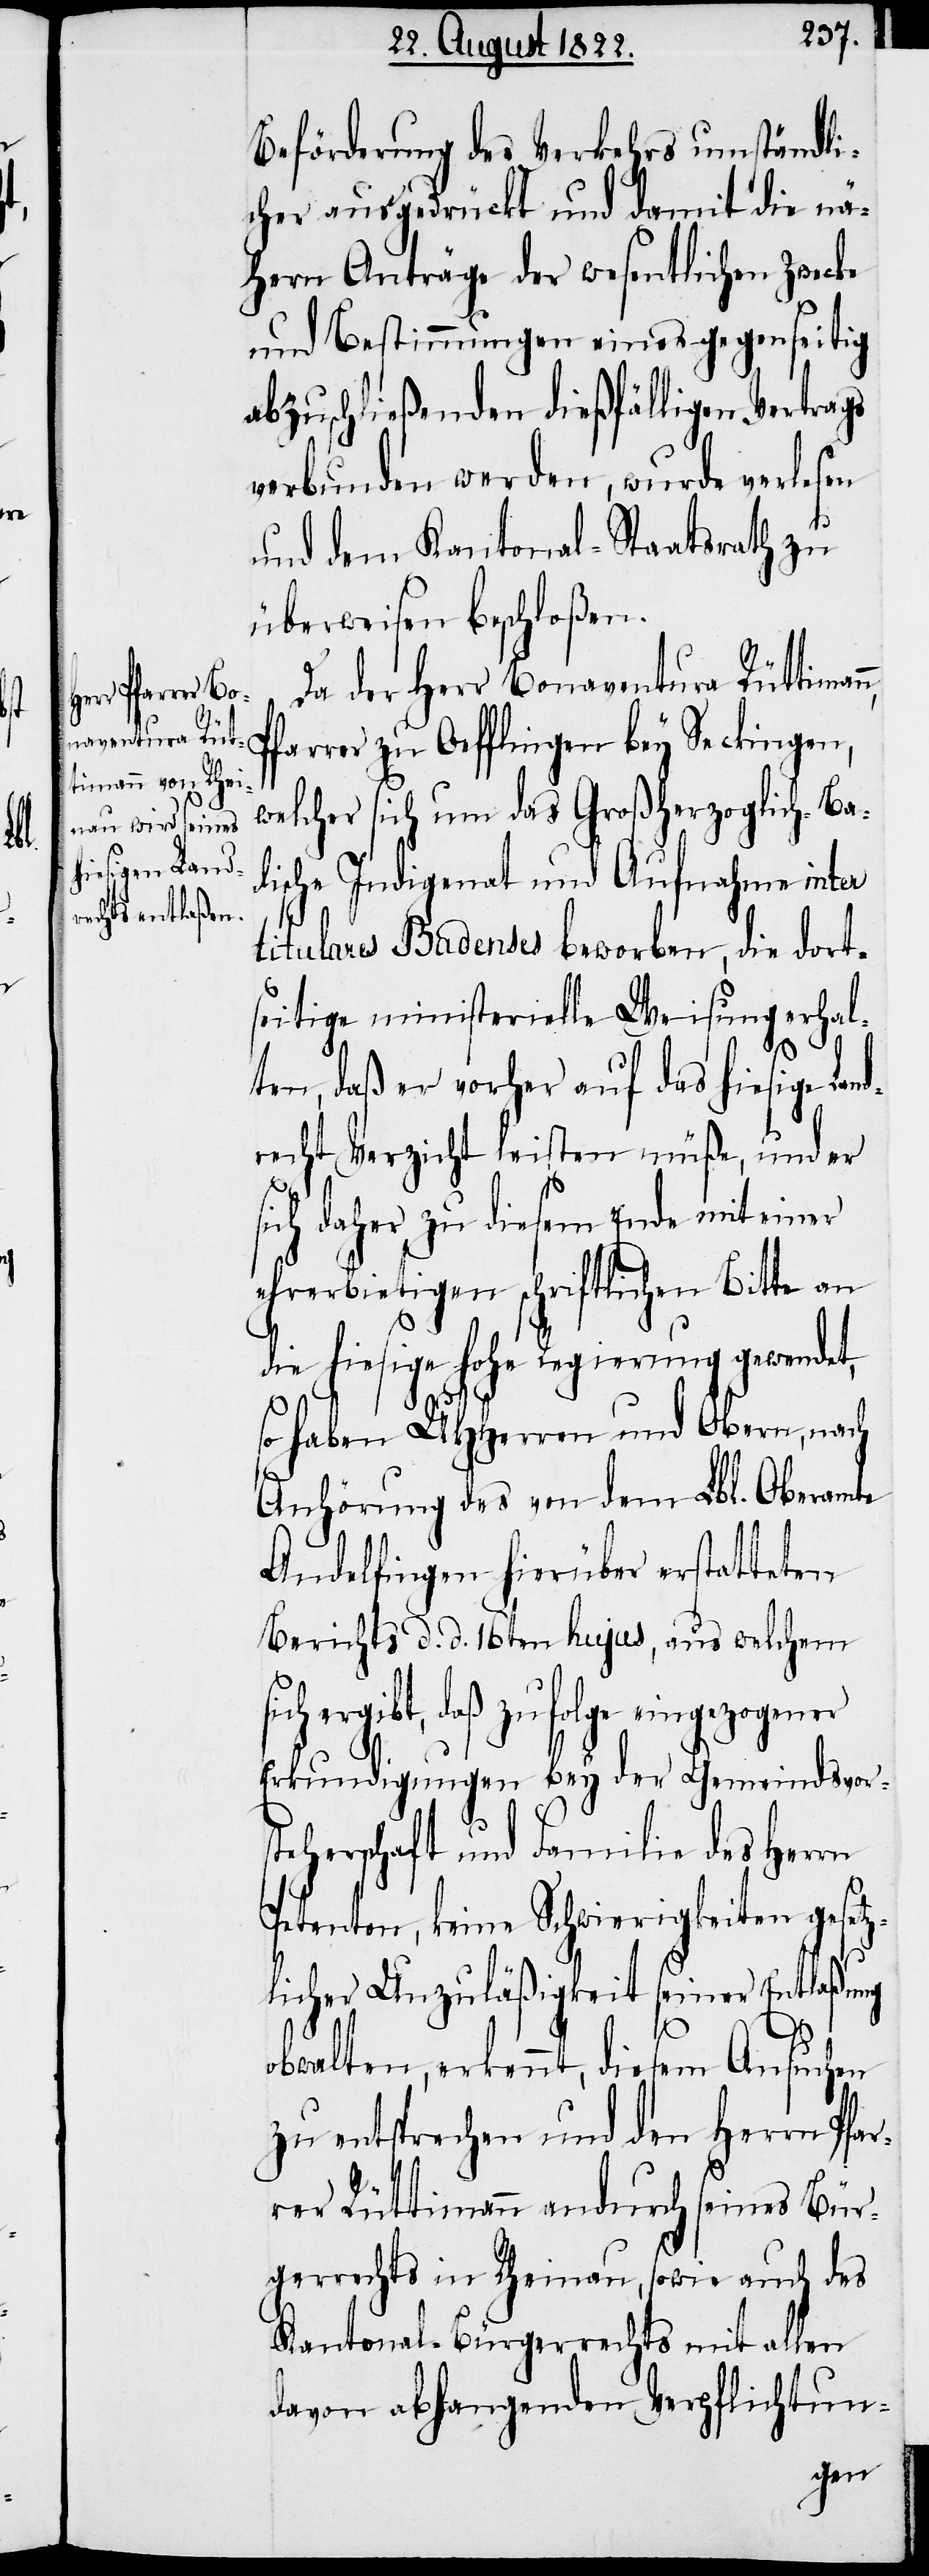
s¬

Beförderung des Verkehrs umständli¬
cher ausgedrückt und damit die nä¬
hern Anträge der wesentlichen Zwecke
und Bestimmungen eines gegenseitigen
abzuschließenden dießfälligen Vertrags
verbunden werden, wurde verlesen
und dem Kantonal-Staatsrath zu
überweisen beschloßen.
Da der Herr Bonaventura Rüttiman¬
Pfarrer zu Oefflingen bey Seckingen,
welcher sich um das Großherzoglich-Ba¬
dische Indigemat und Aufsuchen inter
titulares Badenses beworben, die dort¬
seitige ministerielle Weisung erhal¬
ten, daß er vorher auf das hiesige La¬
recht Verzicht leisten müße, und er
sich daher zu diesem Ende mit einer
ehrerbietigen schriftlichen Bitte an
die hiesige hohe Regierung gewendet,
so haben UHHerrn und Obern, nach
Anhörung des von dem Lbl. Oberamte
Andelfingen hierüber erstatteten
Berichts d. d. 16ten hujus, aus welchem
ich ergibt, daß zufolge eingezogener
Erkundigungen bey der Gemeindsvor¬
teherschaft und Familie des Herrn
Petenten, keine Schwierigkeiten geset¬
zlicher Unzuläßigkeit seiner Entlaßung
nd¬
obwalten, erkennt, diesem Ansuchen
zu entsprechen und den Herrn Pfar¬
rer Rüttimann andurch seines Bür¬
gerrechts in Rheinau, sowie auch des
Kantonal-Bürgerrechts mit allen
davon abhangenden Verpflichtun-